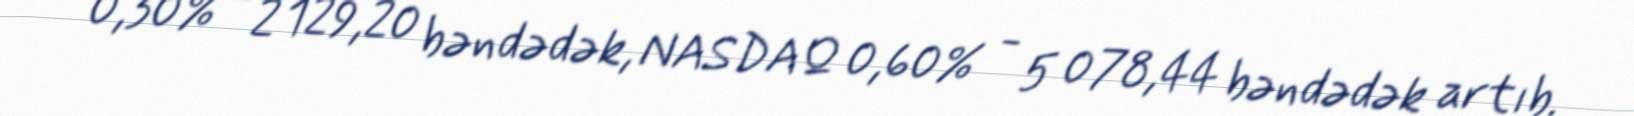
0,30% - 2 129,20 bəndədək, NASDAQ 0,60% - 5 078,44 bəndədək artıb.